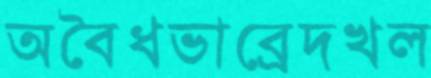
অবৈধভাব্রেদখল